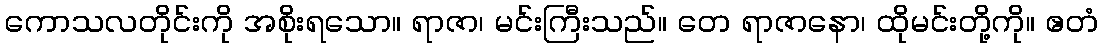
ကောသလတိုင်းကို အစိုးရသော။ ရာဇာ၊ မင်းကြီးသည်။ တေ ရာဇာနော၊ ထိုမင်းတို့ကို။ ဧတံ